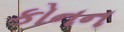
કોનન